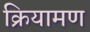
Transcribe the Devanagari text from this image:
क्रियामण